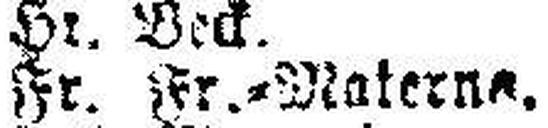
Fr. Fr.=Materne.